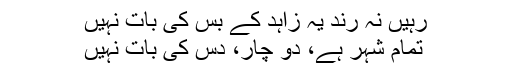
رہیں نہ رند یہ زاہد کے بس کی بات نہیں
تمام شہر ہے، دو چار، دس کی بات نہیں